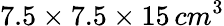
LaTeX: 7.5\times 7.5\times 15\, cm^{3}